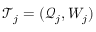
\mathcal { T } _ { j } = ( \mathcal { Q } _ { j } , W _ { j } )